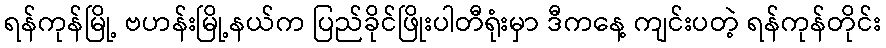
ရန်ကုန်မြို့ ဗဟန်းမြို့နယ်က ပြည်ခိုင်ဖြိုးပါတီရုံးမှာ ဒီကနေ့ ကျင်းပတဲ့ ရန်ကုန်တိုင်း